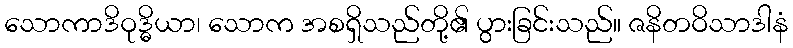
သောကာဒိဝုဒ္ဓိယာ၊ သောက အစရှိသည်တို့၏ ပွားခြင်းသည်။ ဇနိတဝိသာဒါနံ